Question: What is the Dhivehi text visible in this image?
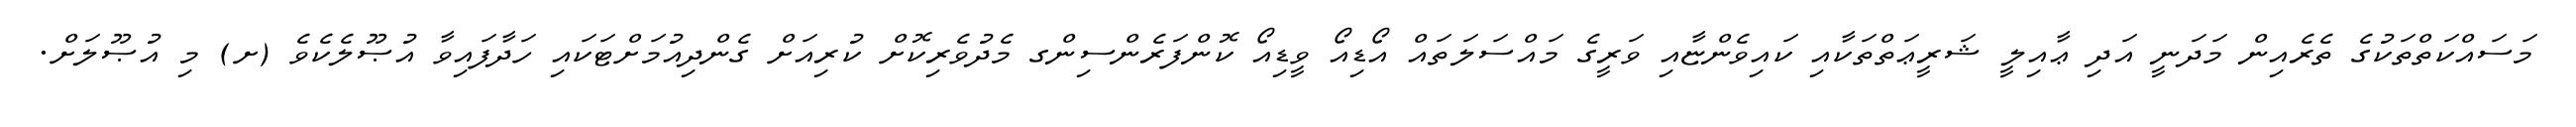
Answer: މަސައްކަތްތަކުގެ ތެރެއިން މަދަނީ އަދި ޢާއިލީ ޝަރީޢަތްތަކާއި ކައިވެންޏާއި ވަރީގެ މައްސަލަތައް އޯޑިއޯ ވީޑިއޯ ކޮންފަރެންސިންގ މެދުވެރިކޮށް ކުރިއަށް ގެންދިއުމަށްޓަކައި ހަދާފައިވާ އުޞޫލެކެވެ (ށ) މި އުޞޫލަށް.